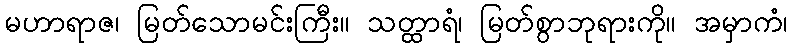
မဟာရာဇ၊ မြတ်သောမင်းကြီး။ သတ္ထာရံ၊ မြတ်စွာဘုရားကို။ အမှာကံ၊